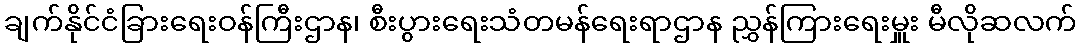
ချက်နိုင်ငံခြားရေးဝန်ကြီးဌာန၊ စီးပွားရေးသံတမန်ရေးရာဌာန ညွှန်ကြားရေးမှူး မီလိုဆလက်